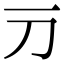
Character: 𬺳